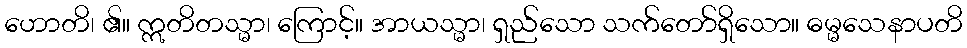
ဟောတိ၊ ၏။ ဣတိတသ္မာ၊ ကြောင့်။ အာယသ္မာ၊ ရှည်သော သက်တော်ရှိသော။ ဓမ္မသေနာပတိ